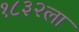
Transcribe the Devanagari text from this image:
१८३२ला